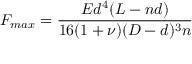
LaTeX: F _ { m a x } = { \frac { E d ^ { 4 } ( L - n d ) } { 1 6 ( 1 + \nu ) ( D - d ) ^ { 3 } n } }